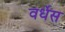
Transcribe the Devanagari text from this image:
वर्धेस